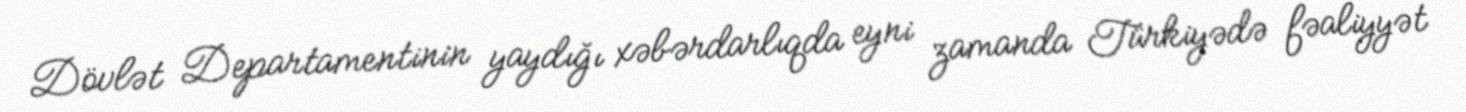
Dövlət Departamentinin yaydığı xəbərdarlıqda eyni zamanda Türkiyədə fəaliyyət